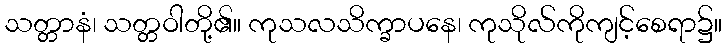
သတ္တာနံ၊ သတ္တဝါတို့၏။ ကုသလသိက္ခာပနေ၊ ကုသိုလ်ကိုကျင့်စေရာ၌။